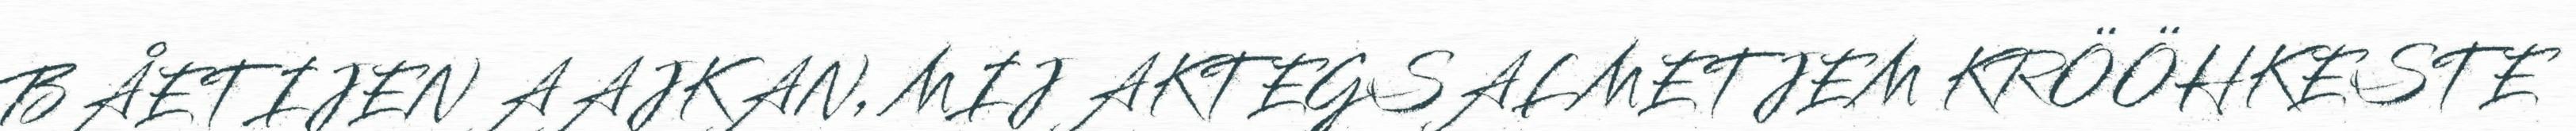
BÅETIJEN AAJKAN, MIJ AKTEGSALMETJEM KRÖÖHKESTE